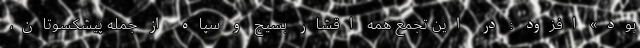
بود» افزود : در این تجمع همه اقشار بسیج و سپاه از جمله پیشکسوتان،